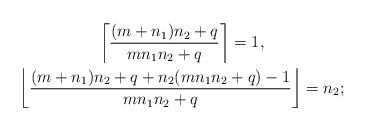
LaTeX: \begin{gather*}\left\lceil\frac{(m+n_1)n_2+q}{mn_1n_2+q}\right\rceil=1,\\\left\lfloor\frac{(m+n_1)n_2+q+n_2(mn_1n_2+q)-1}{mn_1n_2+q}\right\rfloor=n_2;\end{gather*}